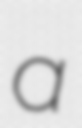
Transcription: a